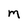
Character: M